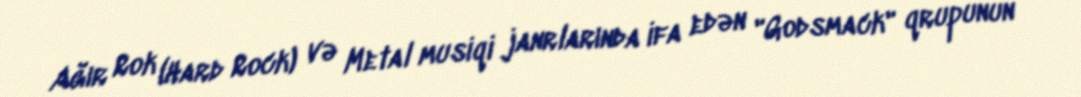
Ağır Rok (Hard Rock) və Metal musiqi janrlarında ifa edən "Godsmack" qrupunun